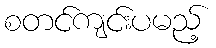
စတင်ကျင်းပမည့်